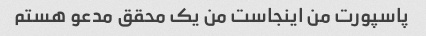
پاسپورت من اینجاست من یک محقق مدعو هستم